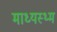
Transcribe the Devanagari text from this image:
माध्यस्थ्म